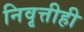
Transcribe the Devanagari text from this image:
निवृत्तीही